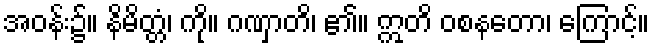
အဝန်း၌။ နိမိတ္တံ၊ ကို။ ဂဏှာတိ၊ ၏။ ဣတိ ဝစနတော၊ ကြောင့်။